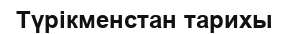
Түрікменстан тарихы